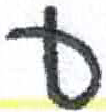
אות: ע